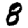
Digit: 8